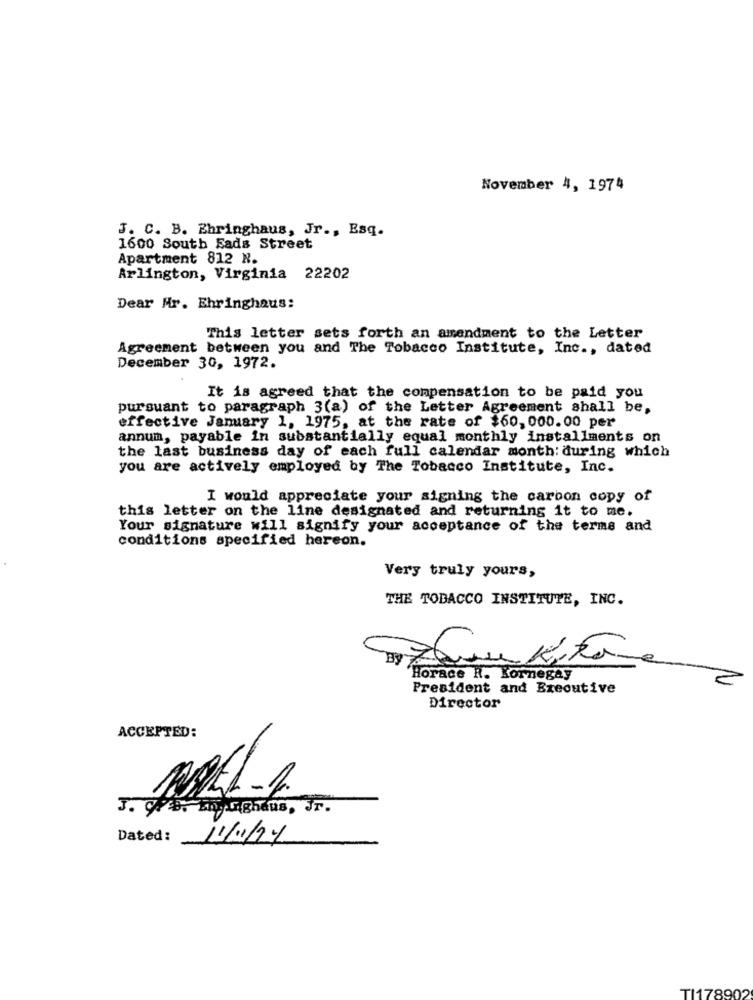
November 4, 1974
J. C. B. Ehringhaus, Jr ., Esq.
1600 South Eads Street
Apartment 812 N.
Arlington, Virginia 22202
Dear Mr. Ehringhaus:
This letter sets forth an amendment to the Letter
Agreement between you and The Tobacco Institute, Inc ., dated
December 30, 1972.
It is agreed that the compensation to be paid you
pursuant to paragraph 3(a) of the Letter Agreement shall be,
effective January 1, 1975, at the rate of $60, 000.00 per
annum, payable in substantially equal monthly installments on
the last business day of each full calendar month: during which
you are actively employed by The Tobacco Institute, Inc.
I would appreciate your signing the carbon copy of
this letter on the line designated and returning it to me.
Your signature will signify your acceptance of the terms and
conditions specified hereon.
Very truly yours,
THE TOBACCO INSTITUTE, INC.
Horace R. Kornegay
President and Executive
Director
ACCEPTED:
J. C.B. Lajaghaus, Jr.
Dated:
11/1/21
TI178902